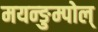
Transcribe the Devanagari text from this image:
मयन्ङुम्पोल्